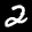
Label: 2